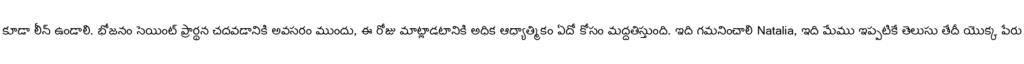
కూడా లీన్ ఉండాలి. భోజనం సెయింట్ ప్రార్థన చదవడానికి అవసరం ముందు, ఈ రోజు మాట్లాడటానికి అధిక ఆధ్యాత్మికం ఏదో కోసం మద్దతిస్తుంది. ఇది గమనించాలి Natalia, ఇది మేము ఇప్పటికే తెలుసు తేదీ యొక్క పేరు